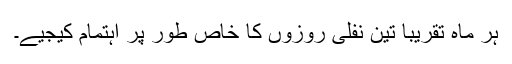
ہر ماہ تقریباََ تین نفلی روزوں کا خاص طور پر اہتمام کیجیے۔